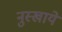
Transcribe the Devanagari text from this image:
नुस्खाये